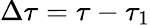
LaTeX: \Delta\tau=\tau-\tau_{1}